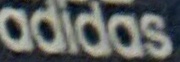
adidas